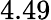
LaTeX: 4.49